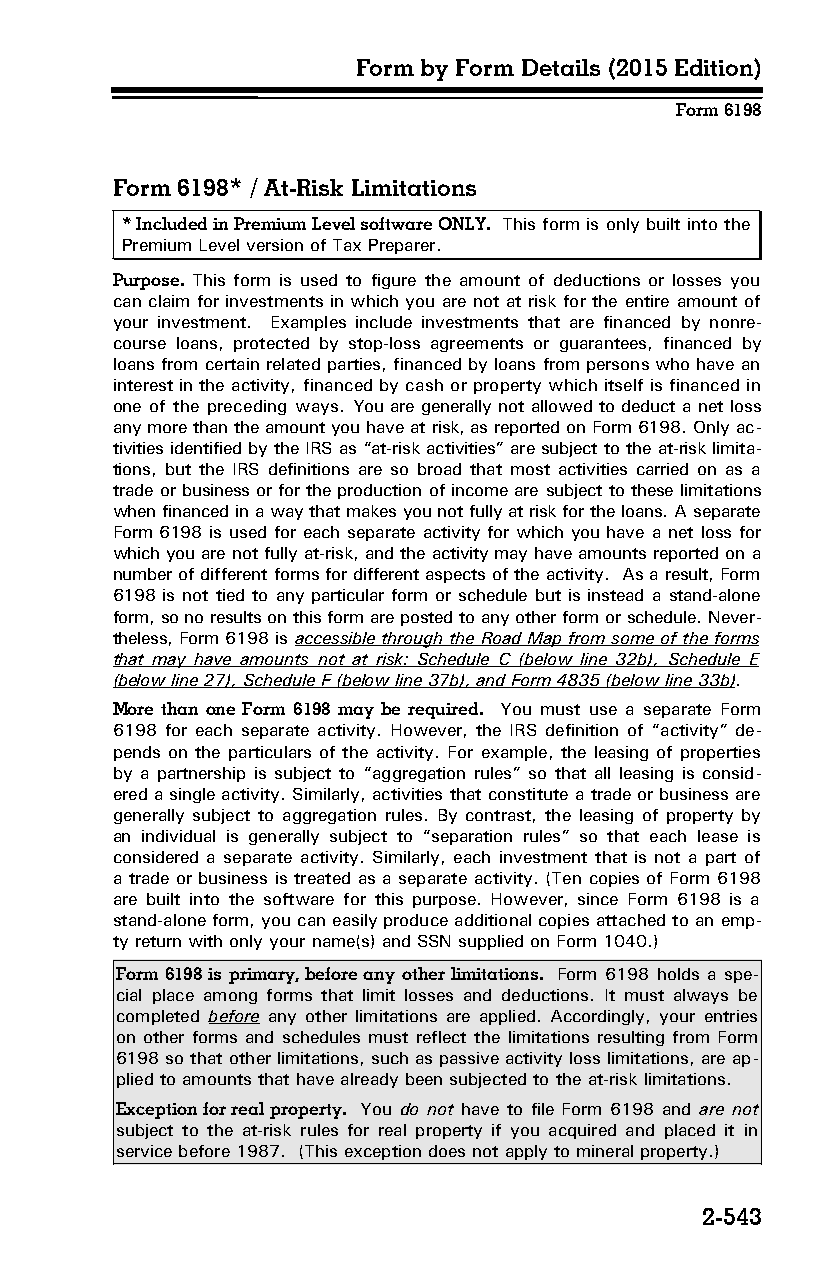
Form by Form Details (2015 Edition)
 Form 6198
 Form 6198* / At-Risk Limitations
 * Included in Premium Level software ONLY. This form is only built into the
 Premium Level version of Tax Preparer.
 Purpose. This form is used to figure the amount of deductions or losses you
 can claim for investments in which you are not at risk for the entire amount of
 your investment. Examples include investments that are financed by nonre­
 course loans, protected by stop-loss agreements or guarantees, financed by
 loans from certain related parties, financed by loans from persons who have an
 interest in the activity, financed by cash or property which itself is financed in
 one of the preceding ways. You are generally not allowed to deduct a net loss
 any more than the amount you have at risk, as reported on Form 6198. Only ac­
 tivities identified by the IRS as “at-risk activities” are subject to the at-risk limita­
 tions, but the IRS definitions are so broad that most activities carried on as a
 trade or business or for the production of income are subject to these limitations
 when financed in a way that makes you not fully at risk for the loans. A separate
 Form 6198 is used for each separate activity for which you have a net loss for
 which you are not fully at-risk, and the activity may have amounts reported on a
 number of different forms for different aspects of the activity. As a result, Form
 6198 is not tied to any particular form or schedule but is instead a stand-alone
 form, so no results on this form are posted to any other form or schedule. Never­
 theless, Form 6198 is accessible through the Road Map from some of the forms
 that may have amounts not at risk: Schedule C (below line 32b), Schedule E
 (below line 27), Schedule F (below line 37b), and Form 4835 (below line 33b).
 More than one Form 6198 may be required. You must use a separate Form
 6198 for each separate activity. However, the IRS definition of “activity” de­
 pends on the particulars of the activity. For example, the leasing of properties
 by a partnership is subject to “aggregation rules” so that all leasing is consid­
 ered a single activity. Similarly, activities that constitute a trade or business are
 generally subject to aggregation rules. By contrast, the leasing of property by
 an individual is generally subject to “separation rules” so that each lease is
 considered a separate activity. Similarly, each investment that is not a part of
 a trade or business is treated as a separate activity. (Ten copies of Form 6198
 are built into the software for this purpose. However, since Form 6198 is a
 stand-alone form, you can easily produce additional copies attached to an emp­
 ty return with only your name(s) and SSN supplied on Form 1040.)
 Form 6198 is primary, before any other limitations. Form 6198 holds a spe­
 cial place among forms that limit losses and deductions. It must always be
 completed before any other limitations are applied. Accordingly, your entries
 on other forms and schedules must reflect the limitations resulting from Form
 6198 so that other limitations, such as passive activity loss limitations, are ap­
 plied to amounts that have already been subjected to the at-risk limitations.
 Exception for real property. You do not have to file Form 6198 and are not
 subject to the at-risk rules for real property if you acquired and placed it in
 service before 1987. (This exception does not apply to mineral property.)
 2-543